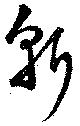
斬